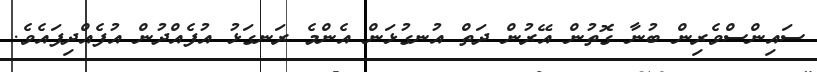
ސައިންސްވެރިން ބުނާ ގޮތުން އޭރުން ދަތް އުނގުޅަން އެންމެ ރަނގަޅު އުފެއްދުން އުފެއްދިފައެވެ.